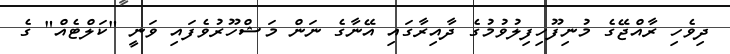
ދިވެހި ރާއްޖޭގެ މުނިފޫހިފިލުވުމުގެ ދާއިރާގައި އޭނާގެ ނަން މަޝްހޫރުވެފައި ވަނީ "ކަލްޓެއް" ގެ